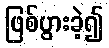
ဖြစ်ပွားခဲ့၍